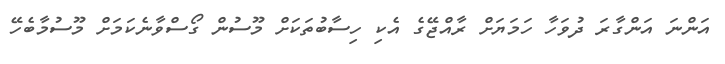
އަންނަ އަންގާރަ ދުވަހާ ހަމަޔަށް ރާއްޖޭގެ އެކި ހިސާބުތަކަށް މޫސުން ގޯސްވާނެކަމަށް މޫސުމާބެހޭ